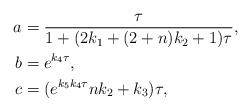
LaTeX: \begin{align*}a&=\frac{\tau}{1+(2k_{1}+(2+n)k_2+1)\tau},\\b&=e^{k_{4}\tau},\\c&=(e^{k_{5}k_{4}\tau}nk_{2}+k_{3})\tau,\end{align*}